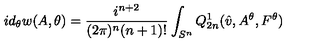
i d _ { \theta } w ( A , \theta ) = \frac { i ^ { n + 2 } } { ( 2 \pi ) ^ { n } ( n + 1 ) ! } \int _ { S ^ { n } } Q _ { 2 n } ^ { 1 } ( \hat { v } , A ^ { \theta } , F ^ { \theta } )